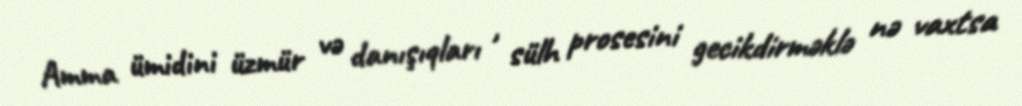
Amma ümidini üzmür və danışıqları , sülh prosesini gecikdirməklə nə vaxtsa